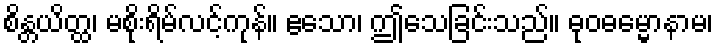
စိန္တယိတ္ထ၊ မစိုးရိမ်လင့်ကုန်။ ဧသော၊ ဤသေခြင်းသည်။ ဓုဝဓမ္မောနာမ၊